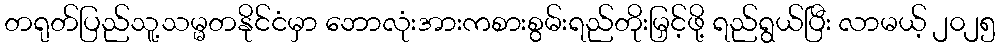
တရုတ်ပြည်သူ့သမ္မတနိုင်ငံမှာ ဘောလုံးအားကစားစွမ်းရည်တိုးမြှင့်ဖို့ ရည်ရွယ်ပြီး လာမယ့် ၂၀၂၅